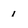
Character: i